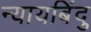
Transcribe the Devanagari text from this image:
न्यायबिंदु